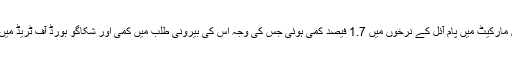
11 جون (اے پی پی) ملائیشین مارکیٹ میں پام آئل کے نرخوں میں 1.7 فیصد کمی ہوئی جس کی وجہ اس کی بیرونی طلب میں کمی اور شکاگو بورڈ آف ٹریڈ میں سویا آئل کے نرخ کم ہونا ہے۔